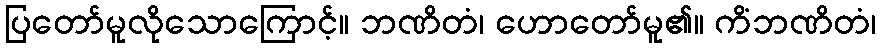
ပြတော်မူလိုသောကြောင့်။ ဘဏိတံ၊ ဟောတော်မူ၏။ ကိံဘဏိတံ၊